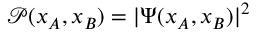
\mathcal { P } ( x _ { A } , x _ { B } ) = \vert \Psi ( x _ { A } , x _ { B } ) \vert ^ { 2 }